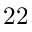
2 2